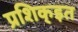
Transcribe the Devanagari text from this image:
प्रशिक्इत